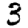
Digit: 3